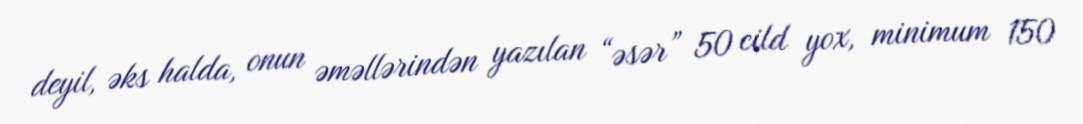
deyil, əks halda, onun əməllərindən yazılan “əsər” 50 cild yox, minimum 150